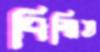
বিস্মিত